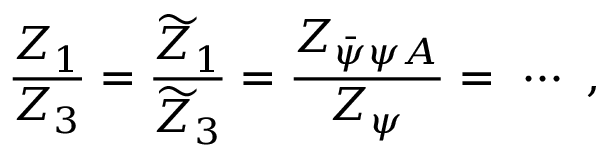
{ \frac { Z _ { 1 } } { Z _ { 3 } } } = { \frac { \widetilde Z _ { 1 } } { \widetilde Z _ { 3 } } } = { \frac { Z _ { \bar { \psi } \psi A } } { Z _ { \psi } } } = \ \cdots \ ,